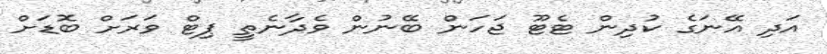
އަދި އޭނަގެ ކުދިން ޓެޓޫ ޖަހަން ބޭނުން ވެދާނެތީ ޕިޓް ވަރަށް ބޮޑަށް